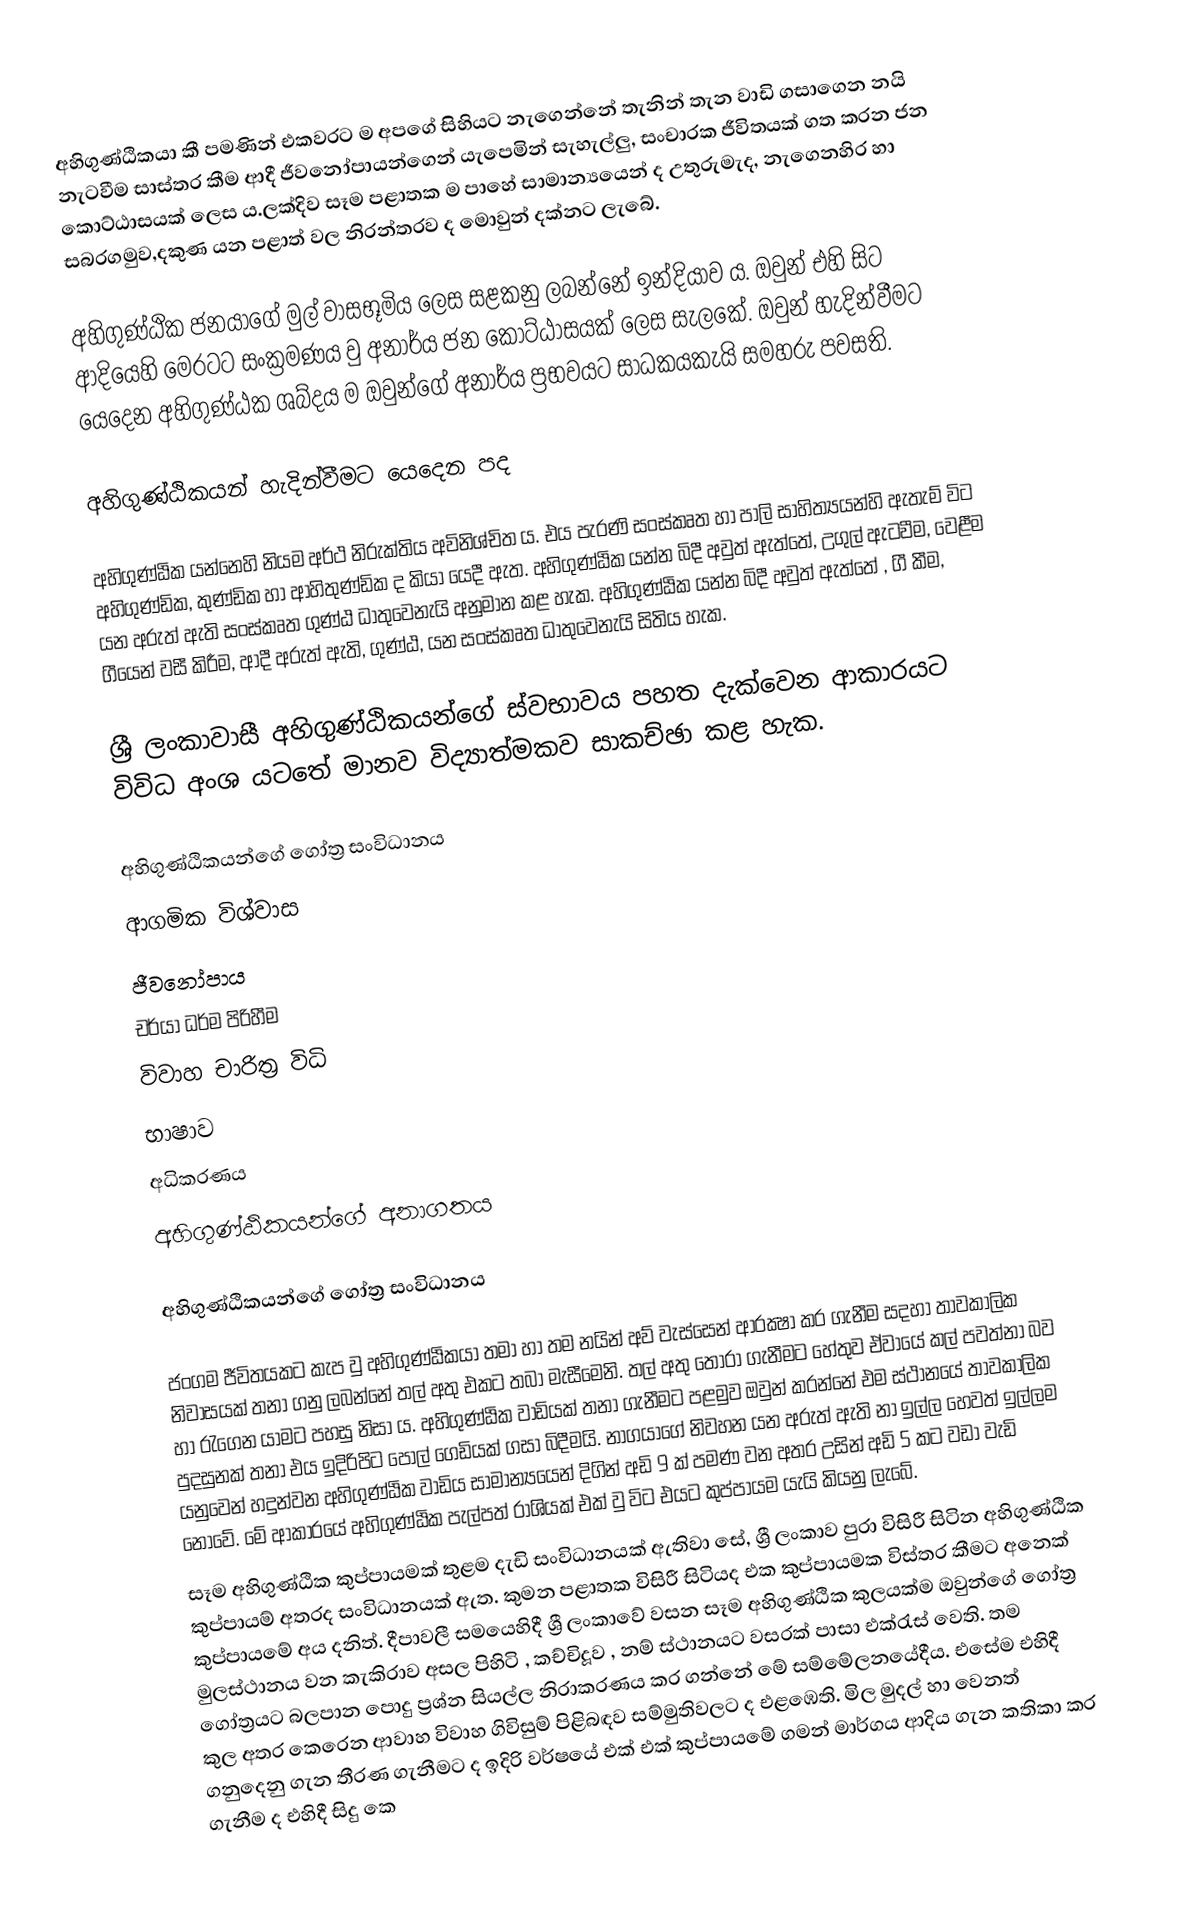
අහිගුණ්ඨිකයා කී පමණින් එකවරට ම අපගේ සිහියට නැගෙන්නේ තැනින් තැන වාඩි ගසාගෙන නයි නැටවීම සාස්තර කීම ආදී ජීවනෝපායන්ගෙන් යැපෙමින් සැහැල්ලු, සංචාරක ජීවිතයක් ගත කරන ජන කොට්ඨාසයක් ලෙස ය.ලක්දිව සෑම පළාතක ම පාහේ සාමාන්‍යයෙන් ද උතුරුමැද, නැගෙනහිර හා සබරගමුව,දකුණ යන පළාත් වල නිරන්තරව ද මොවුන් දක්නට ලැබේ.

අහිගුණ්ඨික ජනයාගේ මුල් වාසභූමිය ලෙස සළකනු ලබන්නේ ඉන්දියාව ය. ඔවුන් එහි සිට ආදියෙහි මෙරටට සංක්‍රමණය වු අනාර්ය ජන කොට්ඨාසයක් ලෙස සැලකේ. ඔවුන් හැදින්වීමට යෙදෙන අහිගුණ්ඨක ශබ්දය ම ඔවුන්ගේ අනාර්ය ප්‍රභවයට සාධකයකැයි සමහරු පවසති.

අහිගුණ්ඨිකයන් හැදින්වීමට යෙදෙන පද

අහිගුණ්ඨික යන්නෙහි නියම අර්ථ නිරුක්තිය අවිනිශ්චිත ය. එය පැරණි සංස්කෘත හා පාලි සාහිත්‍යයන්හි ඇතැම් විට අහිගුණ්ඩික, කුණ්ඩික හා ආහිතුණ්ඩික ද කියා යෙදී ඇත. අහිගුණ්ඨික යන්න බිදී අවුත් ඇත්තේ, උගුල් ඇටවීම, වෙළීම යන අරුත් ඇති සංස්කෘත ගුණ්ඨ ධාතුවෙනැයි අනුමාන කළ හැක. අහිගුණ්ඨික යන්න බිදී අවුත් ඇත්තේ , ගී කීම, ගීයෙන් වසී කිරීම, ආදී අරුත් ඇති, ගුණ්ඨ, යන සංස්කෘත ධාතුවෙනැයි සිතිය හැක.

ශ්‍රී ලංකාවාසී අහිගුණ්ඨිකයන්ගේ ස්වභාවය පහත දැක්වෙන ආකාරයට විවිධ අංශ යටතේ මානව විද්‍යාත්මකව සාකච්ඡා කළ හැක.

අහිගුණ්ඨිකයන්ගේ ගෝත්‍ර සංවිධානය
ආගමික විශ්වාස
ජීවනෝපාය
චර්යා ධර්ම පිරිහීම
විවාහ චාරිත්‍ර විධි
භාෂාව
අධිකරණය
අහිගුණ්ඨිකයන්ගේ අනාගතය

අහිගුණ්ඨිකයන්ගේ ගෝත්‍ර සංවිධානය

ජංගම ජීවිතයකට කැප වු අහිගුණ්ඨිකයා තමා හා තම නයින් අව් වැස්සෙන් ආරක්‍ෂා කර ගැනීම සදහා තාවකාලික නිවාසයක් තනා ගනු ලබන්නේ තල් අතු එකට තබා මැසීමෙනි. තල් අතු තෝරා ගැනීමට හේතුව ඒවායේ කල් පවත්නා බව හා රැගෙන යාමට පහසු නිසා ය. අහිගුණ්ඨික වාඩියක් තනා ගැනීමට පළමුව ඔවුන් කරන්නේ එම ස්ථානයේ තාවකාලික පුදසුනක් තනා එය ඉදිරිපිට පොල් ගෙඩියක් ගසා බිදීමයි. නාගයාගේ නිවහන යන අරුත් ඇති නා ඉල්ල හෙවත් ඉල්ලම යනුවෙන් හදුන්වන අහිගුණ්ඨික වාඩිය සාමාන්‍යයෙන් දිගින් අඩි 9 ක් පමණ වන අතර උසින් අඩි 5 කට වඩා වැඩි නොවේ. මේ ආකාරයේ අහිගුණ්ඨික පැල්පත් රාශියක් එක් වු විට එයට කුප්පායම යැයි කියනු ලැබේ.
	සෑම අහිගුණ්ඨික කුප්පායමක් තුළම දැඩි සංවිධානයක් ඇතිවා සේ, ශ්‍රී ලංකාව පුරා විසිරී සිටින අහිගුණ්ඨික කුප්පායම් අතරද සංවිධානයක් ඇත. කුමන පළාතක විසිරී සිටියද එක කුප්පායමක විස්තර කීමට අනෙක් කුප්පායමේ අය දනිත්. දීපාවලී සමයෙහිදී ශ්‍රී ලංකාවේ වසන සෑම අහිගුණ්ඨික කුලයක්ම ඔවුන්ගේ ගෝත්‍ර මුලස්ථානය වන කැකිරාව අසල පිහිටි , කච්චිදූව , නම් ස්ථානයට වසරක් පාසා එක්රැස් වෙති. තම ගෝත්‍රයට බලපාන පොදු ප්‍රශ්න සියල්ල නිරාකරණය කර ගන්නේ මේ සම්මේලනයේදීය. එසේම එහිදී කුල අතර කෙරෙන ආවාහ විවාහ ගිවිසුම් පිළිබඳව සම්මුතිවලට ද එළඹෙති. මිල මුදල් හා වෙනත් ගනුදෙනු ගැන තීරණ ගැනීමට ද ඉදිරි වර්ෂයේ එක් එක් කුප්පායමේ ගමන් මාර්ගය  ආදිය ගැන කතිකා කර ගැනීම ද එහිදී සිදු කෙ